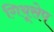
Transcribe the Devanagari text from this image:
गियूसेप